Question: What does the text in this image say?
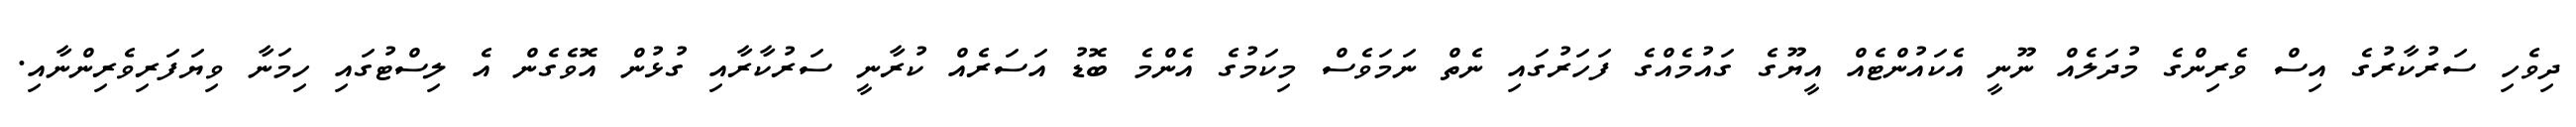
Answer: ދިވެހި ސަރުކާރުގެ އިސް ވެރިންގެ މުދަލެއް ނޫނީ އެކައުންޓެއް އީޔޫގެ ގައުމެއްގެ ފަހަރުގައި ނެތް ނަމަވެސް މިކަމުގެ އެންމެ ބޮޑު އަސަރެއް ކުރާނީ ސަރުކާރާއި ގުޅުން އޮވެގެން އެ ލިސްޓުގައި ހިމަނާ ވިޔަފަރިވެރިންނާއި.